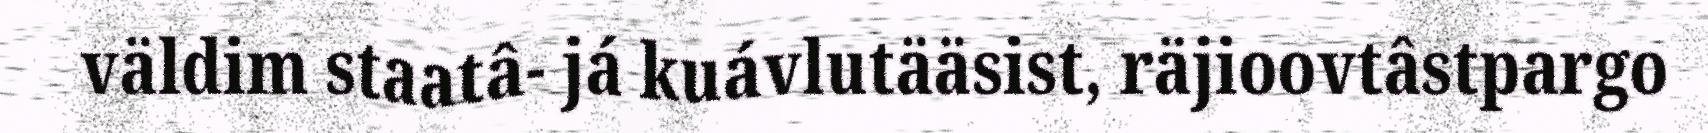
väldim staatâ- já kuávlutääsist, räjioovtâstpargo